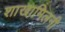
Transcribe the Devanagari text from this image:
शाखामिलनी